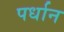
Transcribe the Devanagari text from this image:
पर्धान